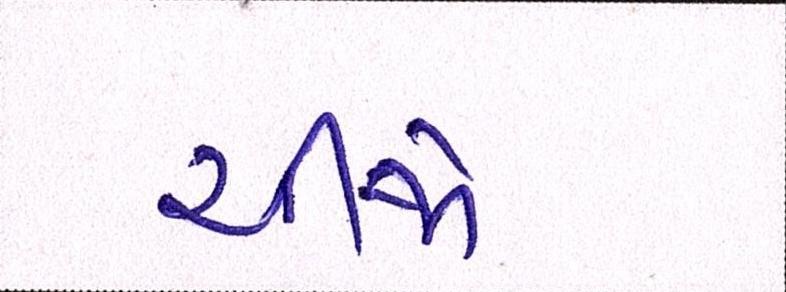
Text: ચીજો